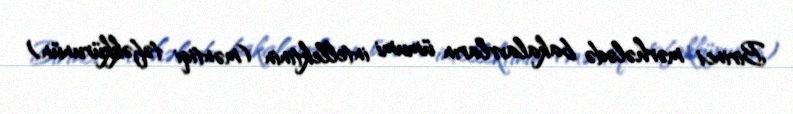
Birinci mərhələdə bakalavrların ümumi intellektinin (məntiqi təfəkkürunün)